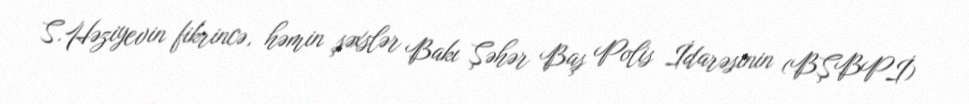
S.Həziyevin fikrincə, həmin şəxslər Bakı Şəhər Baş Polis İdarəsinin (BŞBPİ)